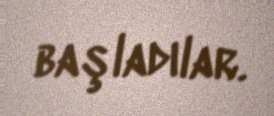
başladılar.